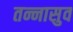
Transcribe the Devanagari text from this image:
तन्नासुव